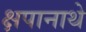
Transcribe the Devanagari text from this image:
क्षपानाथे